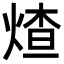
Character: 𬊩